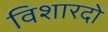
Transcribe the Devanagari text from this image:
विशारदो